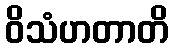
ဝိသံဟတာတိ